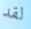
لقد